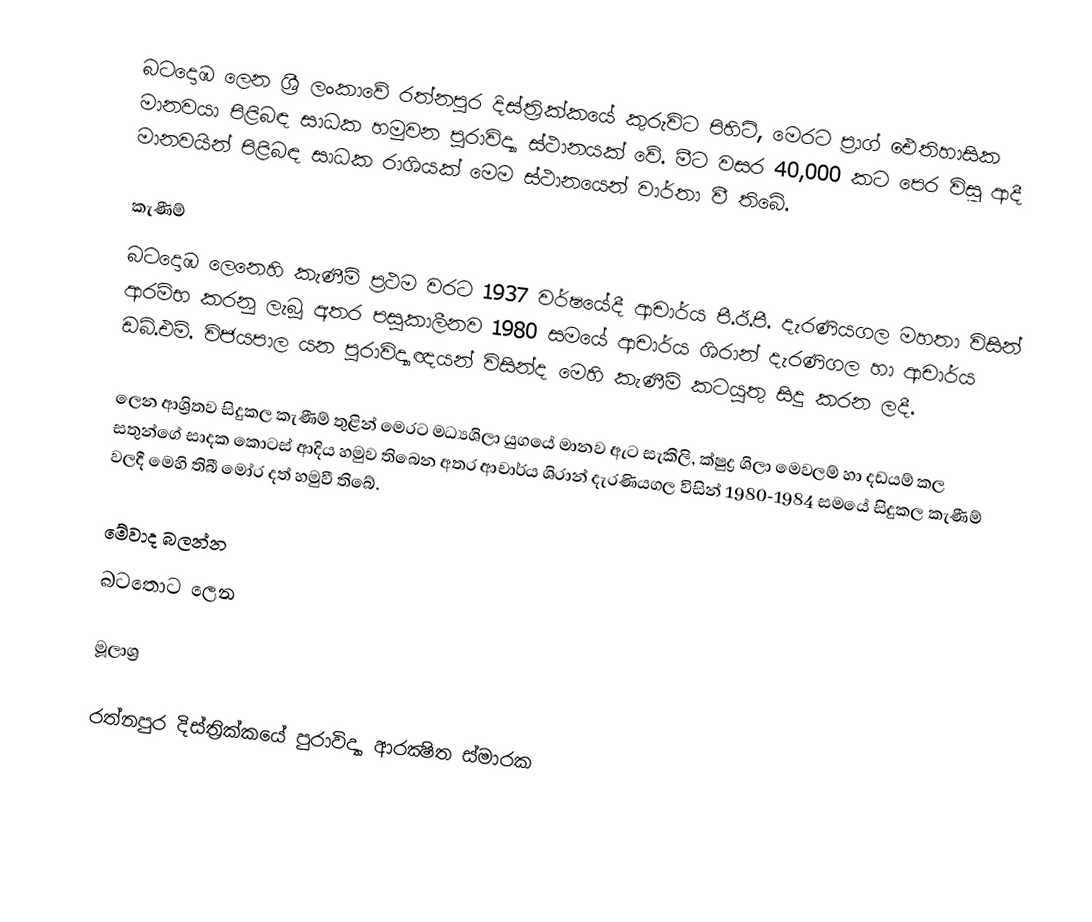
බටදොඹ ලෙන ශ්‍රී ලංකාවේ රත්නපුර දිස්ත්‍රික්කයේ කුරුවිට පිහිටි, මෙරට ප්‍රාග් ඓතිහාසික මානවයා පිළිබඳ සාධක හමුවන පුරාවිද්‍යා ස්ථානයක් වේ. මීට වසර 40,000 කට‌ පෙර විසූ ආදී මානවයින් පිළිබඳ සාධක රාශියක්‌ මෙම ස්ථානයෙන් වාර්තා වී තිබේ.

කැණීම්
බටදොඹ ලෙනෙහි කැණීම් ප්‍රථම වරට 1937 වර්ෂයේදී ආචාර්ය පී.ඊ.පී. දැරණියගල මහතා විසින් ආරම්භ කරනු ලැබූ අතර පසුකාලීනව 1980 සමයේ ආචාර්ය ශිරාන් දැරණිගල හා ආචාර්ය ඩබ්.එම්. විජයපාල යන පුරාවිද්‍යාඥයන් විසින්ද මෙහි කැණීම් කටයුතු සිදු කරන ලදී.

ලෙන ආශ්‍රිතව සිදුකල කැණීම් තුළින් මෙරට මධ්‍යශිලා යුගයේ මානව ඇට සැකිලි, ක්ෂුද්‍ර ශිලා මෙවලම් හා දඩයම් කල සතුන්ගේ සාදක කොටස් ආදිය හමුව තිබෙන අතර ආචාර්ය ශිරාන් දැරණියගල විසින් 1980-1984 සමයේ සිදුකල කැණීම් වලදී මෙහි තිබී මෝර දත් හමුවී තිබේ.

මේවාද බලන්න
බටතොට ලෙන

මූලාශ්‍ර

රත්නපුර දිස්ත්‍රික්කයේ පුරාවිද්‍යා ආරක්‍ෂිත ස්මාරක